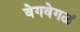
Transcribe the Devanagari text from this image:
वेगवेगळं